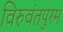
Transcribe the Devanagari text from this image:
विरुवंतपुरम